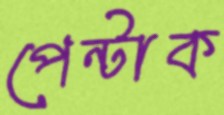
পেন্টাক